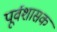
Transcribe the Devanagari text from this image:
पूर्वशासक